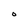
Character: O